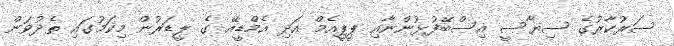
ސަރުކާރުގެ ސިޔާސީ އިސްބޭފުޅުންނާއި ޕީޕީއެމް އަދި އެމްޑީއޭ ގެ ލީޑަރުން މިކަމުގައި ތެދުވަން